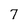
Character: 7